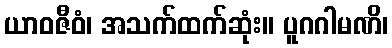
ယာဝဇီဝံ၊ အသက်ထက်ဆုံး။ ပူဂဂါမဏိ၊